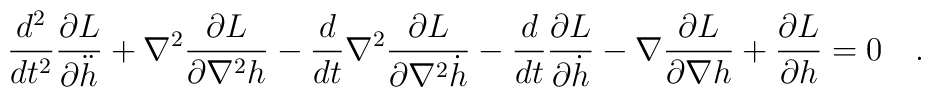
\frac{d^2}{dt^2}\frac{\partial L}{\partial \ddot h}+ \nabla^2\frac{\partial L}{\partial\nabla^2h}- \frac{d}{dt}\nabla^2\frac{\partial L}{\partial\nabla^2\dot h}- \frac{d}{dt}\frac{\partial L}{\partial\dot h}- \nabla\frac{\partial L}{\partial\nabla h}+ \frac{\partial L}{\partial h} = 0 \quad .